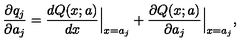
{ \frac { \partial q _ { j } } { \partial a _ { j } } } = { \frac { d Q ( x ; a ) } { d x } } \Bigr \vert _ { x = a _ { j } } + { \frac { \partial Q ( x ; a ) } { \partial a _ { j } } } \Bigr \vert _ { x = a _ { j } } ,